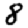
Digit: 8